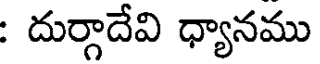
: దుర్గాదేవి ధ్యానము